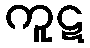
ကူဋ